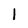
Character: I